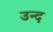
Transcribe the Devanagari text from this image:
उन्द